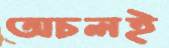
অচলই